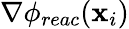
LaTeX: \nabla\phi_{reac}(\mathbf{x}_{i})